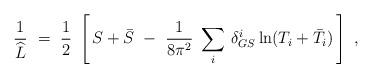
LaTeX: \begin{align*}\frac{1}{\widehat L}\ =\ \frac{1}{2}\ \left[\, S + \bar S\ -\ \frac{1}{8 \pi^2}\ \sum_i\, \delta^i_{GS} \ln (T_i + \bar T_i)\, \right]\ ,\end{align*}